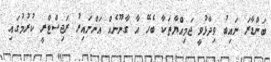
ބަންޑާރަ ނައިބު ވިދާޅުވީ ޖަމިއްޔާތަކާ ބެހޭ އާ ގާނޫނެއް އަންނައިރު ރަޖިސްޓްރީ ކުރުމުގައި